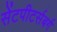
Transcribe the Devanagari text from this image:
सेंटपीटर्सबर्ग